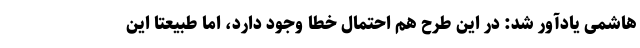
هاشمی یادآور شد: در این طرح هم احتمال خطا وجود دارد، اما طبیعتا این